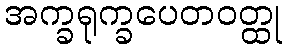
အက္ခရုက္ခပေတဝတ္ထု